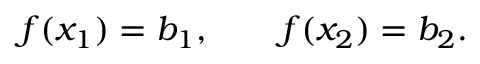
f ( x _ { 1 } ) = b _ { 1 } , \qquad f ( x _ { 2 } ) = b _ { 2 } .